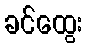
ခင်ထွေး